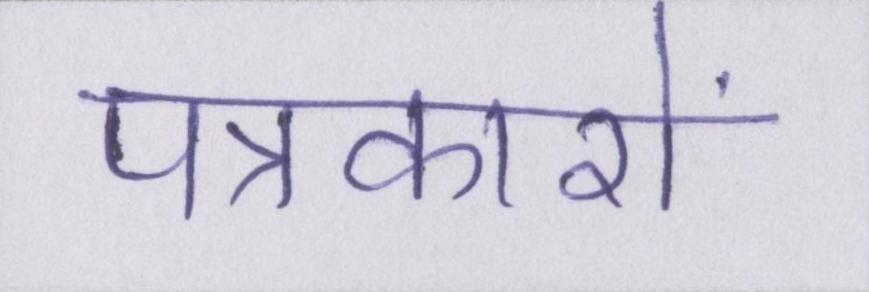
पत्रकारों